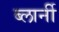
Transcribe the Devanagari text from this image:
ब्लार्नी